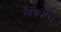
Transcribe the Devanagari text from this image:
मैनिफेरा